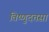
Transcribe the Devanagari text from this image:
विष्णुदत्तसा